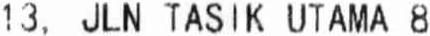
13, JLN TASIK UTAMA 8